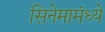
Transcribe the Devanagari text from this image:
सिनेमामंध्ये